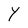
Character: Y